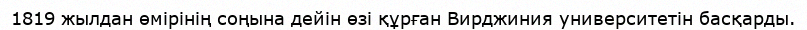
1819 жылдан өмірінің соңына дейін өзі құрған Вирджиния университетін басқарды.